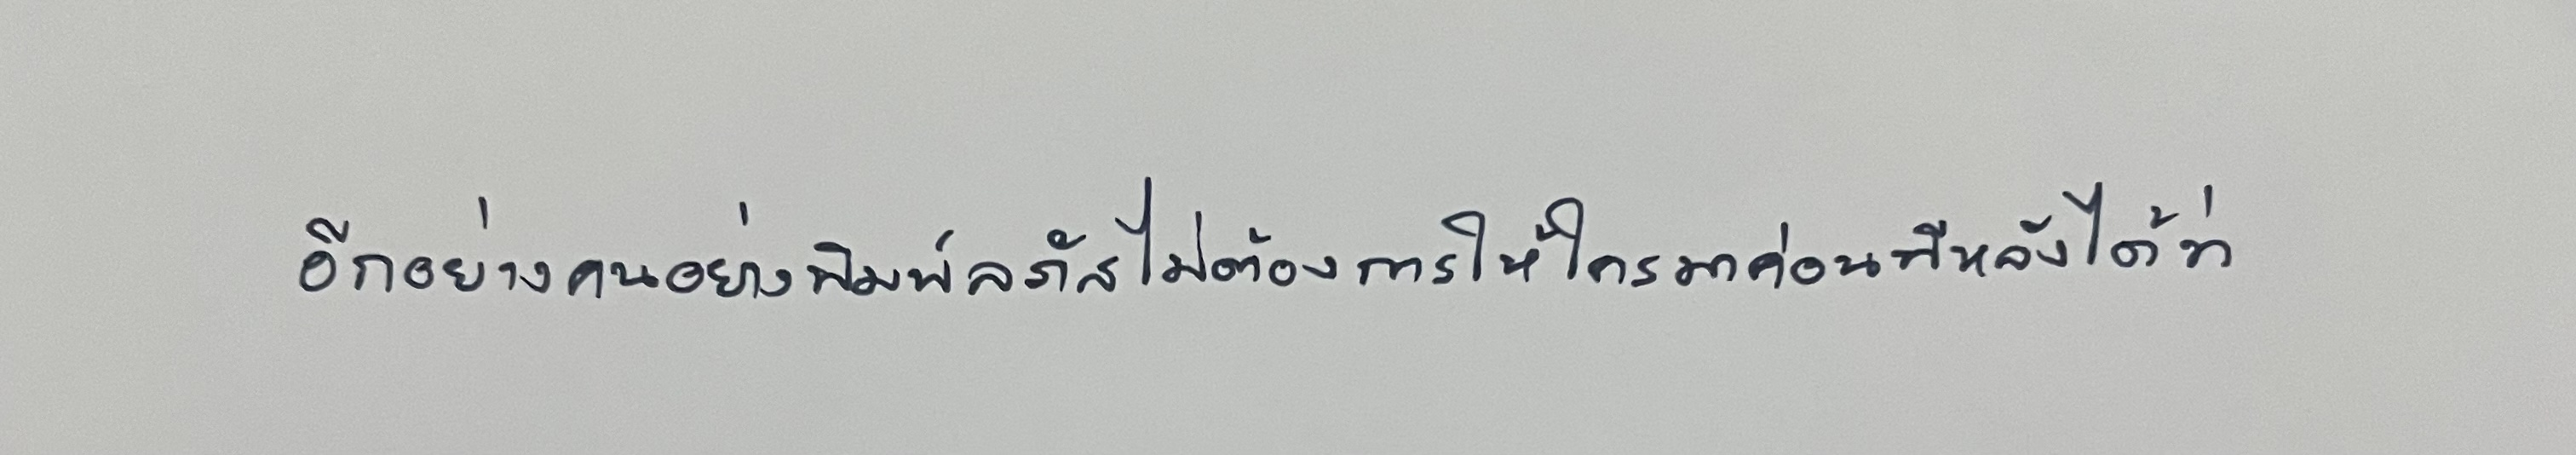
อีกอย่างคนอย่างพิมพ์ลภัสไม่ต้องการให้ใครมาค่อนทีหลังได้ว่า